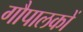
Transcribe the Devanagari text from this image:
गौपालकों